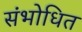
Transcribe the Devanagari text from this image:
संभोधित